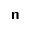
\boldsymbol { \mathsf n }